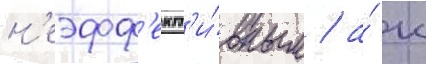
н'еэфф'ект'и́вным / а́ к